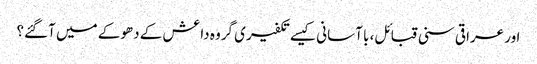
اور عراقی سنی قبائل، با آسانی کیسے تکفیری گروہ داعش کے دھوکے میں آگئے؟